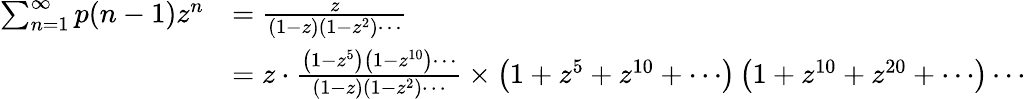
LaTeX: {\begin{array}{rl}{\sum_{n=1}^{\infty}p(n-1)z^{n}}&{={\frac{z}{(1-z)\left(1-z^{2}\right)\cdots}}}\\ &{=z\cdot{\frac{\left(1-z^{5}\right)\left(1-z^{10}\right)\cdots}{(1-z)\left(1-z^{2}\right)\cdots}}\times\left(1+z^{5}+z^{10}+\cdots\right)\left(1+z^{10}+z^{20}+\cdots\right)\cdots}\end{array}}